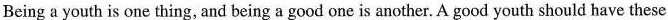
Being a youth is one thing, and being a good one is another. A good youth should have these